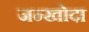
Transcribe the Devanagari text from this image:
जन्खोदा